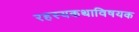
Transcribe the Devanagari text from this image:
रहस्यकथाविषयक